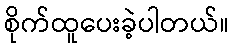
စိုက်ထူပေးခဲ့ပါတယ်။